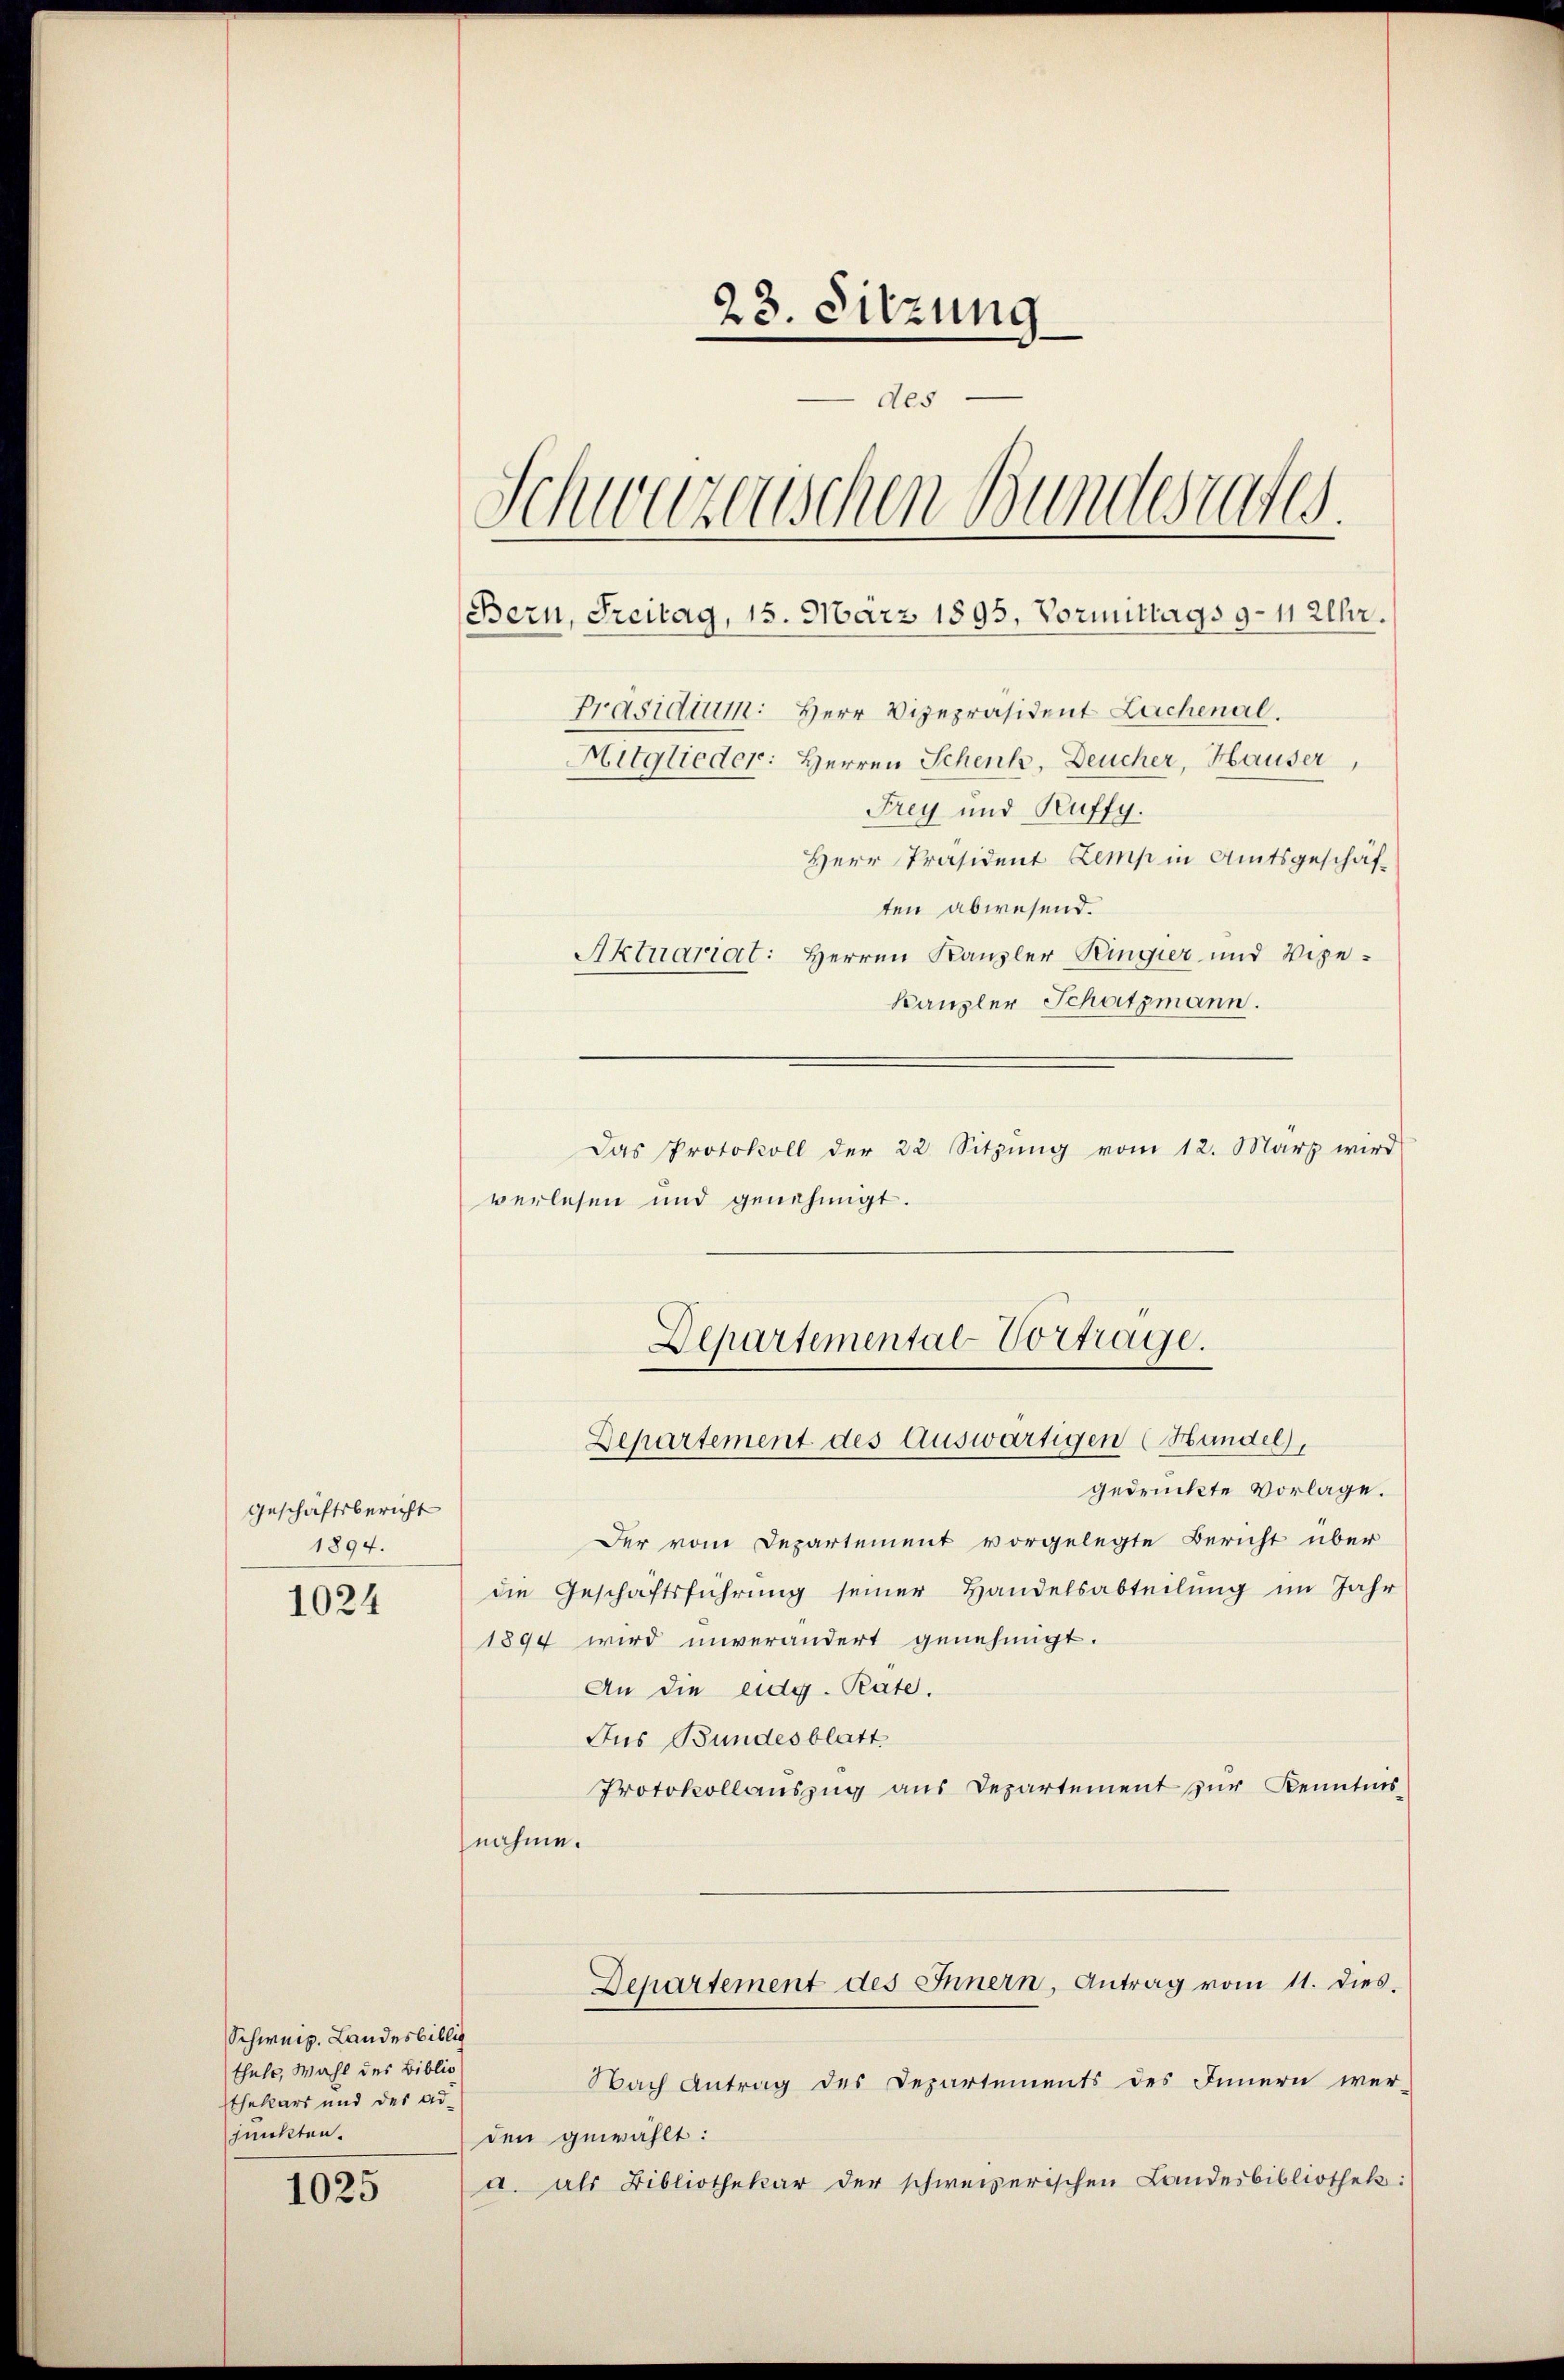
Geschäftsbericht
1894.

1024

Schweiz. Landesbiblic
thale, Wahl des Biblio
thekars und der Adjunkten.

1025

23. Sitzung
des
Schweizenschen Bundesrates.
Bern, Freitag, 15. März 1895, Vormittags 9 - 11 Uhr.
Präsidium: Herr Vizepräsident Lachenal.
Mitglieder: Herren Schenk, Deucher, Hauser,
Frey und Kuffy.
Herr Präsident Zemp in Amtsgeschäf¬

ten abwesend.
Aktuariat: Herren Kanzler Kingier und Vege¬
Kanzler Schatzmann.
Das Protokoll der 22 Sitzŭng vom 12. März wird
verlesen und genehmigt.
Departemental Vortrage.
Departement des Auswärtigen (Handel,
gedruckte Vorlage.
Der vom Departement vorgelegte Bericht über
die Geschäftsführung seiner Handelsabteilung im Jahr
1894 wird unverändert genehmigt.
An die eidg. Pate.
Jus Bundesblatt
Protokollaŭszŭg aŭs Departement zur Kenntnis
nahme.
Departement des Innern, Antrag vom 11. dies
Nach Antrag des Departements des Innern wer-
den gewählt:
d. als Bibliothekar der schweizerischen Landesbibliothek: